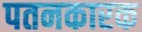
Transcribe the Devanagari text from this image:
पतनकारक